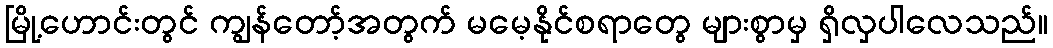
မြို့ဟောင်းတွင် ကျွန်တော့်အတွက် မမေ့နိုင်စရာတွေ များစွာမှ ရှိလှပါလေသည်။